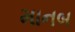
માનબ